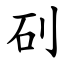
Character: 矵